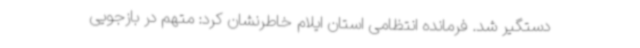
دستگیر شد. فرمانده انتظامی استان ایلام خاطرنشان کرد: متهم در بازجویی